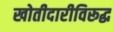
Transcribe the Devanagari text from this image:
खोतीदारीविरूद्ध